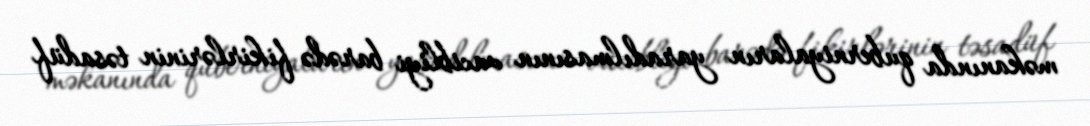
məkanında quberniyaların yaradılmasının vacibliyi barədə fikirlərinin təsadüf